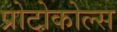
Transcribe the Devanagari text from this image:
प्रोटोकोल्स